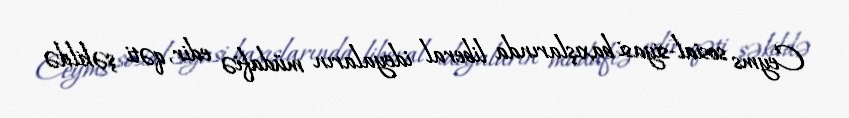
Ceyms sosial-siyasi baxışlarında liberal ideyaların müdafiə edir, qəti şəkildə